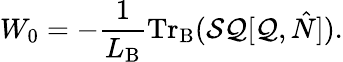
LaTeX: W_{0}=-\frac{1}{L_{\mathrm{B}}}\mathrm{Tr}_{\mathrm{B}}({\cal S}{\cal Q}[{\cal Q},\hat{N}]).